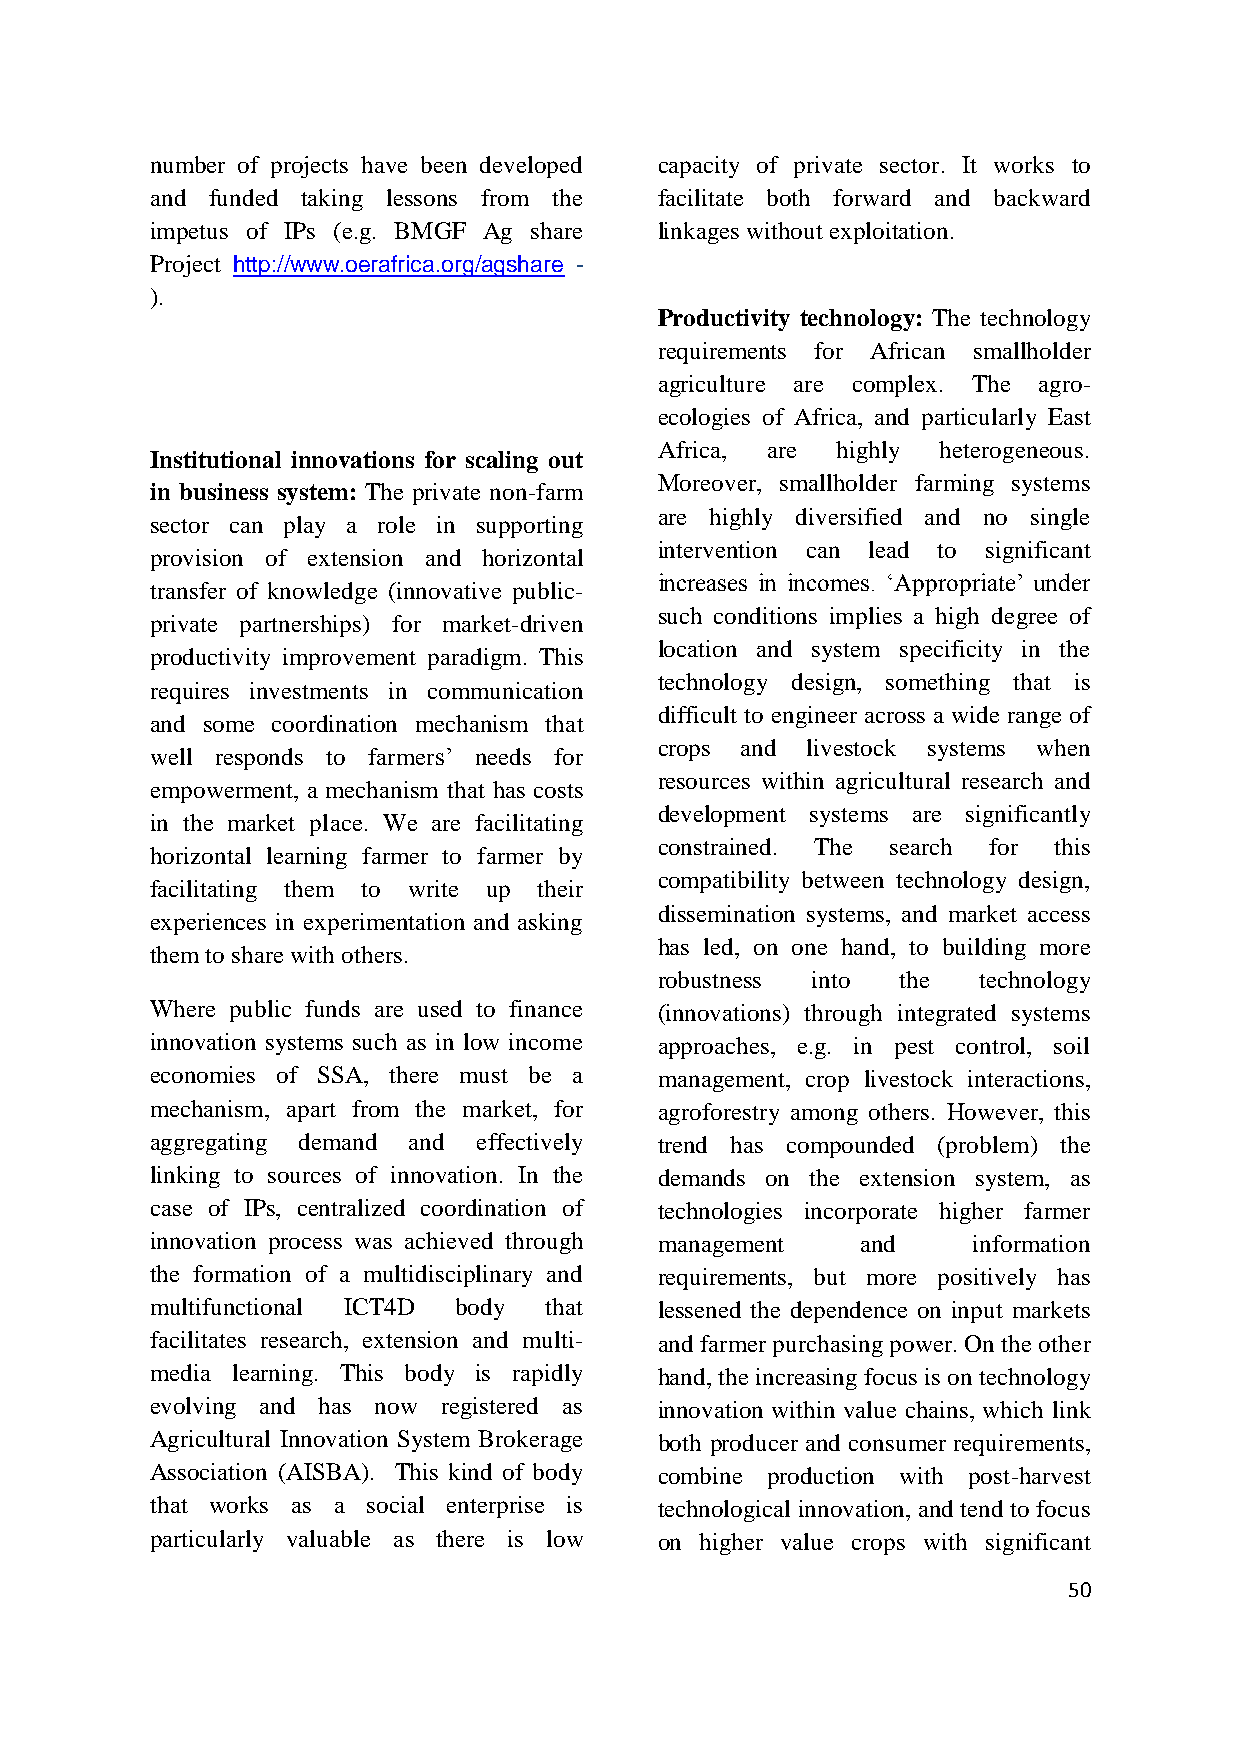
number of projects have been developed capacity of private sector. It works to
 and funded taking lessons from the facilitate both forward and backward
 impetus of IPs (e.g. BMGF Ag share linkages without exploitation.
 Project http://www.oerafrica.org/agshare -
 ).
 Productivity technology: The technology
 requirements for African smallholder
 agriculture are complex. The agro-
 ecologies of Africa, and particularly East
 Africa, are highly heterogeneous.
 Institutional innovations for scaling out
 Moreover, smallholder farming systems
 in business system: The private non-farm
 are highly diversified and no single
 sector can play a role in supporting
 intervention can lead to significant
 provision of extension and horizontal
 increases in incomes. „Appropriate‟ under
 transfer of knowledge (innovative public-
 such conditions implies a high degree of
 private partnerships) for market-driven
 location and system specificity in the
 productivity improvement paradigm. This
 technology design, something that is
 requires investments in communication
 difficult to engineer across a wide range of
 and some coordination mechanism that
 crops and livestock systems when
 well responds to farmers‟ needs for
 resources within agricultural research and
 empowerment, a mechanism that has costs
 development systems are significantly
 in the market place. We are facilitating
 constrained. The search for this
 horizontal learning farmer to farmer by
 compatibility between technology design,
 facilitating them to write up their
 dissemination systems, and market access
 experiences in experimentation and asking
 has led, on one hand, to building more
 them to share with others.
 robustness into the  technology
 Where public funds are used to finance (innovations) through integrated systems
 innovation systems such as in low income approaches, e.g. in pest control, soil
 economies of SSA, there must be a management, crop livestock interactions,
 mechanism, apart from the market, for agroforestry among others. However, this
 aggregating demand and effectively trend has compounded (problem) the
 linking to sources of innovation. In the demands on the extension system, as
 case of IPs, centralized coordination of technologies incorporate higher farmer
 innovation process was achieved through management and information
 the formation of a multidisciplinary and requirements, but more positively has
 multifunctional ICT4D body that   lessened the dependence on input markets
 facilitates research, extension and multi- and farmer purchasing power. On the other
 media learning. This body is rapidly hand, the increasing focus is on technology
 evolving and has now registered as innovation within value chains, which link
 Agricultural Innovation System Brokerage both producer and consumer requirements,
 Association (AISBA). This kind of body combine production with post-harvest
 that works as a social enterprise is technological innovation, and tend to focus
 particularly valuable as there is low on higher value crops with significant
 50